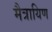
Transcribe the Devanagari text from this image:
मैत्रायिण